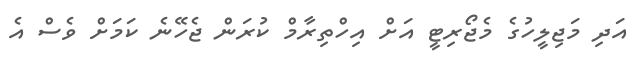
އަދި މަޖިލީހުގެ މެޖޯރިޓީ އަށް އިހްތިރާމް ކުރަން ޖެހޭނެ ކަމަށް ވެސް އެ